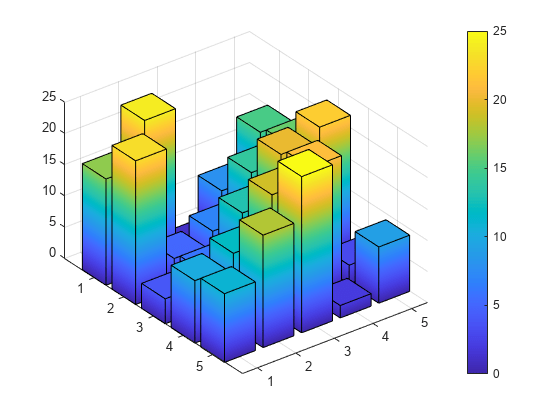
matlab, bar3, colorbar